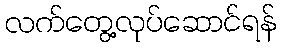
လက်တွေ့လုပ်ဆောင်ရန်